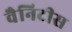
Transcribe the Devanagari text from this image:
वैनिटीस